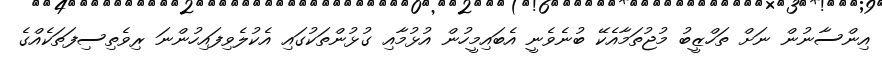
އިންސާނުން ނަށް ތަހްޒީބު މުޖުތަމާއެކޭ ބުނެވެނީ އެބައިމީހުން އުޅުމާއި ގުޅުންތަކުގައި އެކުލެވިފައިހުންނަ ރިވެތިސިފަތަކެއްގެ